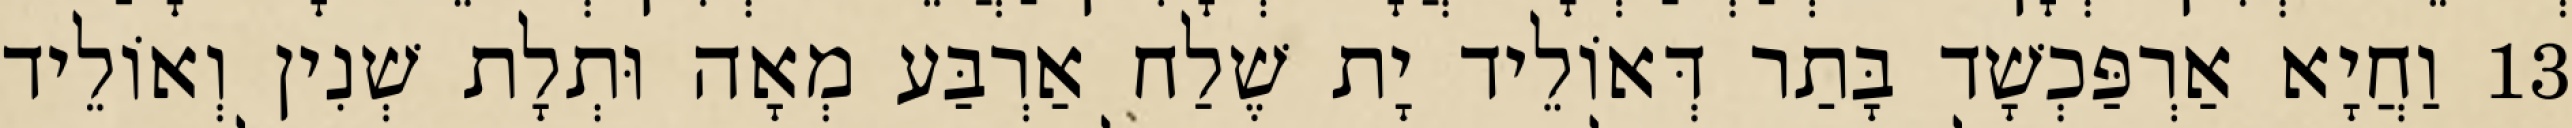
13 וַחֲיָא אַרְפַּכְשָׁד בָּתַר דְּאוֹלֵיד יָת שֶׁלַח אַרְבַּע מְאָה וּתְלָת שְׁנִין וְאוֹלֵיד